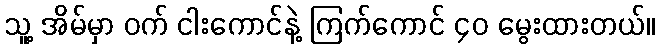
သူ့ အိမ်မှာ ဝက် ငါးကောင်နဲ့ ကြက်ကောင် ၄၀ မွေးထားတယ်။